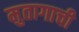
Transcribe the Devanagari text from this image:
मुतागाची